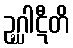
ဥဂ္ဃါဋီတိ